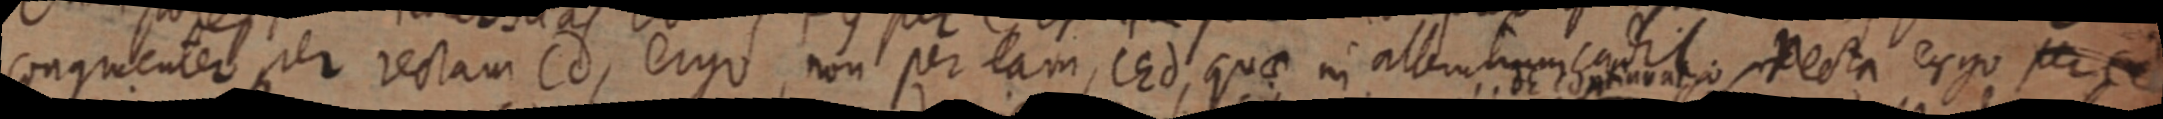
congruenter per rectam Cd, ergo, non per eam, CEd, quae in alterum eaditio recta ergo per